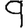
Digit: 9